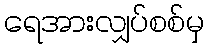
ရေအားလျှပ်စစ်မှ